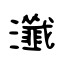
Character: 瀸